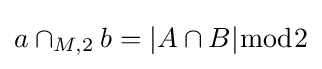
a\cap _{M,2}b=|A\cap B|{\bmod {2}}